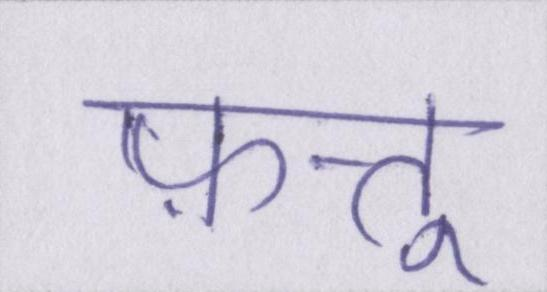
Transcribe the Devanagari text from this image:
फ़त्तू